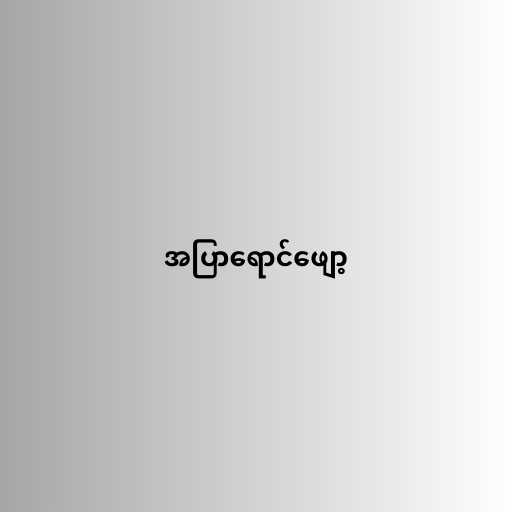
အပြာရောင်ဖျော့